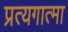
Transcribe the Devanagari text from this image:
प्रत्यगात्मा